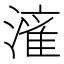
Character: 𱨼